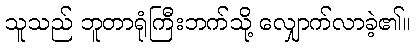
သူသည် ဘူတာရုံကြီးဘက်သို့ လျှောက်လာခဲ့၏။